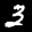
Label: 3